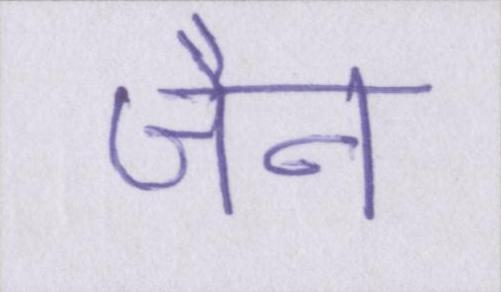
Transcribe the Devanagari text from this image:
जैन